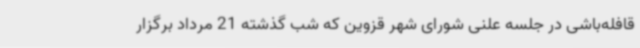
قافله‌باشی در جلسه علنی شورای شهر قزوین که شب گذشته 21 مرداد برگزار